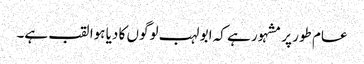
عام طور پر مشہور ہے کہ ابو لہب لوگوں کا دیا ہوا لقب ہے۔